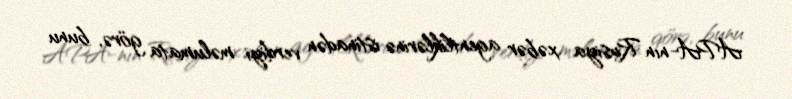
APA-nın Rusiya xəbər agentliklərinə istinadən verdiyi məlumata görə, bunu